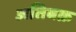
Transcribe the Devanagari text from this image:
अतिबक्र